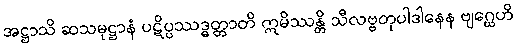
အဋ္ဌာသိ ဆသမုဋ္ဌာနံ ပဋိပ္ပဿဒ္ဓတ္တာတိ ဣမိဿန္တိ သီလဗ္ဗတုပါဒါနေန ဗျဂ္ဃေဟိ